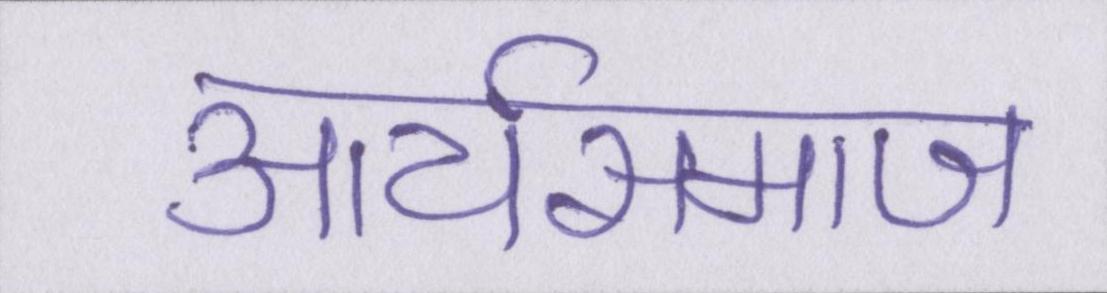
आर्यसमाज